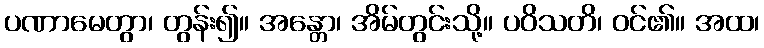
ပဏာမေတွာ၊ တွန်း၍။ အန္တော၊ အိမ်တွင်းသို့။ ပဝိသတိ၊ ဝင်၏။ အထ၊